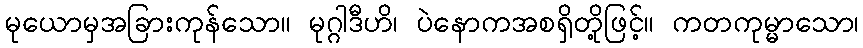
မုယောမှအခြားကုန်သော။ မုဂ္ဂါဒီဟိ၊ ပဲနောကအစရှိတို့ဖြင့်။ ကတကုမ္မာသော၊